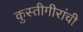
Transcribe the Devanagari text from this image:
कुस्तीगीरांची